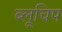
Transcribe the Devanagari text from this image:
ब्लूचिप